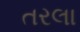
તરલા